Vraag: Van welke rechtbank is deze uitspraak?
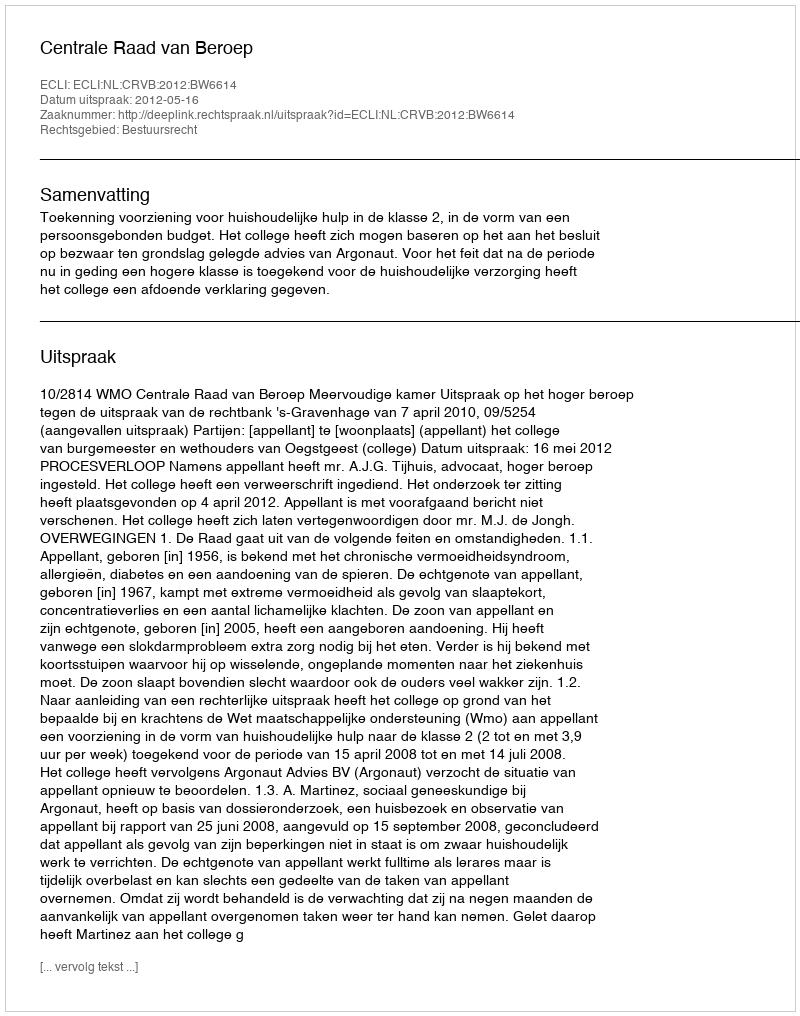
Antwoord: Centrale Raad van Beroep